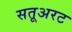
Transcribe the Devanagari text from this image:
सतूअरट